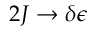
2 J \to \delta \epsilon